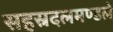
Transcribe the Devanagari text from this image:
सहस्रदलमण्डले